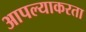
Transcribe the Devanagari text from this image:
आपल्याकरता